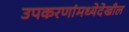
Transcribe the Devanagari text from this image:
उपकरणांमध्येदेखील